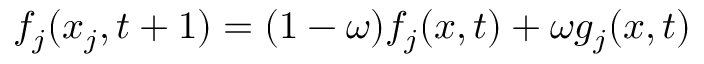
f _ { j } ( x _ { j } , t + 1 ) = ( 1 - \omega ) f _ { j } ( x , t ) + \omega g _ { j } ( x , t )